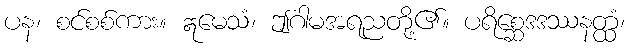
ပန၊ စင်စစ်ကား။ ဣမေသံ၊ ဤဂါမအရညတို့၏။ ပရိစ္ဆေဒဒဿနတ္ထံ၊